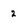
Character: 2